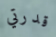
قدرتي